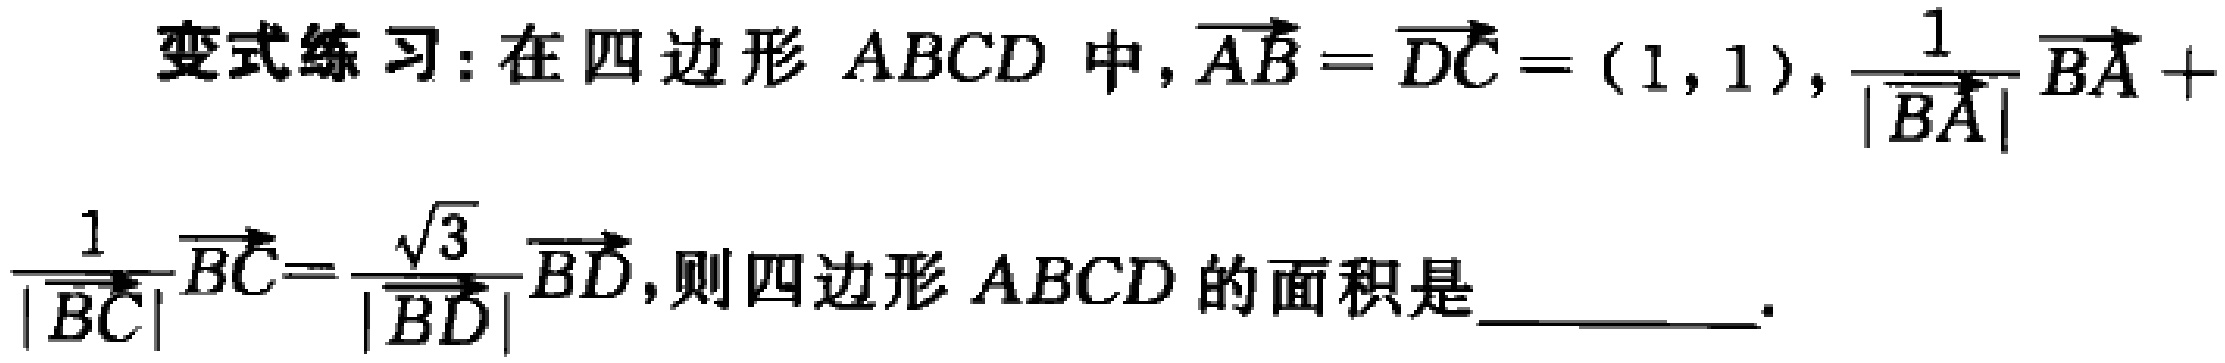
变式练习：在四边形 \(ABCD\) 中，\(\overrightarrow{AB} = \overrightarrow{DC} = (1,1)\)，\(\frac{1}{|\overrightarrow{BA}|}\overrightarrow{BA} +\) \(\frac{1}{|\overrightarrow{BC}|}\overrightarrow{BC}=\frac{\sqrt{3}}{|\overrightarrow{BD}|}\overrightarrow{BD}\)，则四边形 \(ABCD\) 的面积是  。